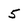
Character: 5